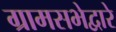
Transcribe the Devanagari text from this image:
ग्रामसभेद्वारे